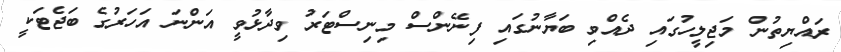
ރައްޔިތުން މަޖިލީހުގައި ދެއްވި ބަޔާނުގައި ފިނޭންސް މިނިސްޓަރު ވިދާޅުވީ އަންނަ އަހަރުގެ ބަޖެޓަކީ